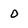
Character: O